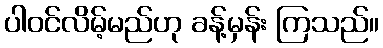
ပါဝင်လိမ့်မည်ဟု ခန့်မှန်း ကြသည်။